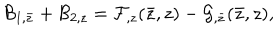
LaTeX: { \cal B } _ { 1 , \bar { z } } + { \cal B } _ { 2 , z } = { \cal F } _ { , z } ( \bar { z } , z ) - { \cal G } _ { , \bar { z } } ( \bar { z } , z ) ,